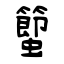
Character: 蠞